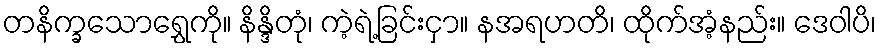
တနိက္ခသောရွှေကို။ နိန္ဒိတုံ၊ ကဲ့ရဲ့ခြင်းငှာ။ နအရဟတိ၊ ထိုက်အံ့နည်း။ ဒေဝါပိ၊